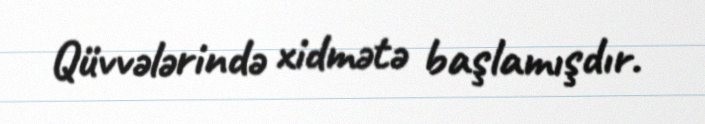
Qüvvələrində xidmətə başlamışdır.